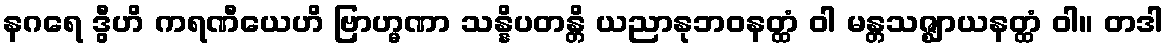
နဂရေ ဒွီဟိ ကရဏီယေဟိ ဗြာဟ္မဏာ သန္နိပတန္တိ ယညာနုဘဝနတ္ထံ ဝါ မန္တသဇ္ဈာယနတ္ထံ ဝါ။ တဒါ